Investigations on Bengal jail dietaries - Number 37
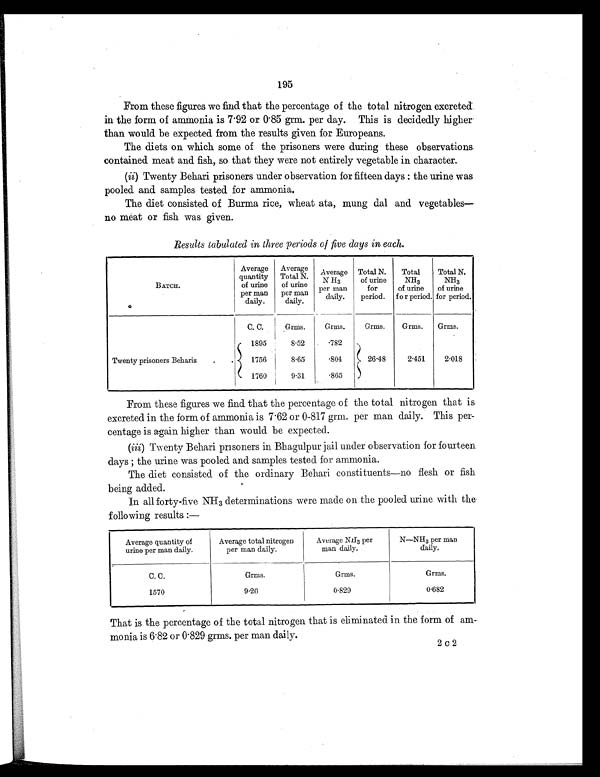
195
From these figures we find that the percentage of the total nitrogen excreted
in the form of ammonia is 7.92 or 0.85 grm. per day. This is decidedly higher
than would be expected from the results given for Europeans.
The diets on which some of the prisoners were during these observations
contained meat and fish, so that they were not entirely vegetable in character.
(ii) Twenty Behari prisoners under observation for fifteen days: the urine was
pooled and samples tested for ammonia.
The diet consisted of Burma rice, wheat ata, mung dal and vegetables—
no meat or fish was given.
Results tabulated in three periods of five days in each.
BATCH.
Average
quantity
of urine
per man
daily.
Average
Total N.
of urine
per man
daily.
Average
N H3
per man
daily.
Total N.
of urine
for
period.
Total
NH 3
of urine
for period.
Total N.
NH 3
of urine
for period.
C. C.
Grms.
Crms.
Grms.
Grms.
Grms.
Twenty prisoners Beharis
.
.
1895
8.52
.782
26.48
2.451
2.018
1756
8.65
.804
1760
9.31
.865
From these figures we find that the percentage of the total nitrogen that is
excreted in the form of ammonia is 7.62 or 0-817 grm. per man daily. This per-
centage is again higher than would be expected.
(iii) Twenty Behari prisoners in Bhagulpur jail under observation for fourteen
days; the urine was pooled and samples tested for ammonia.
The diet consisted of the ordinary Behari constituents—no flesh or fish
being added.
In all forty-five NH 3 determinations were made on the pooled urine with the
following results:—
Average quantity of
urine per man daily.
Average total nitrogen
per man daily.
Average NH3 per
man daily.
N—NH3 per man
daily.
C. C.
Grms.
Grms.
Grms.
1570
9.26
0.829
0.682
That is the percentage of the total nitrogen that is eliminated in the form of am-
monia is 6.82 or 0.829 grms. per man daily.
2 C 2